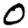
Digit: 0